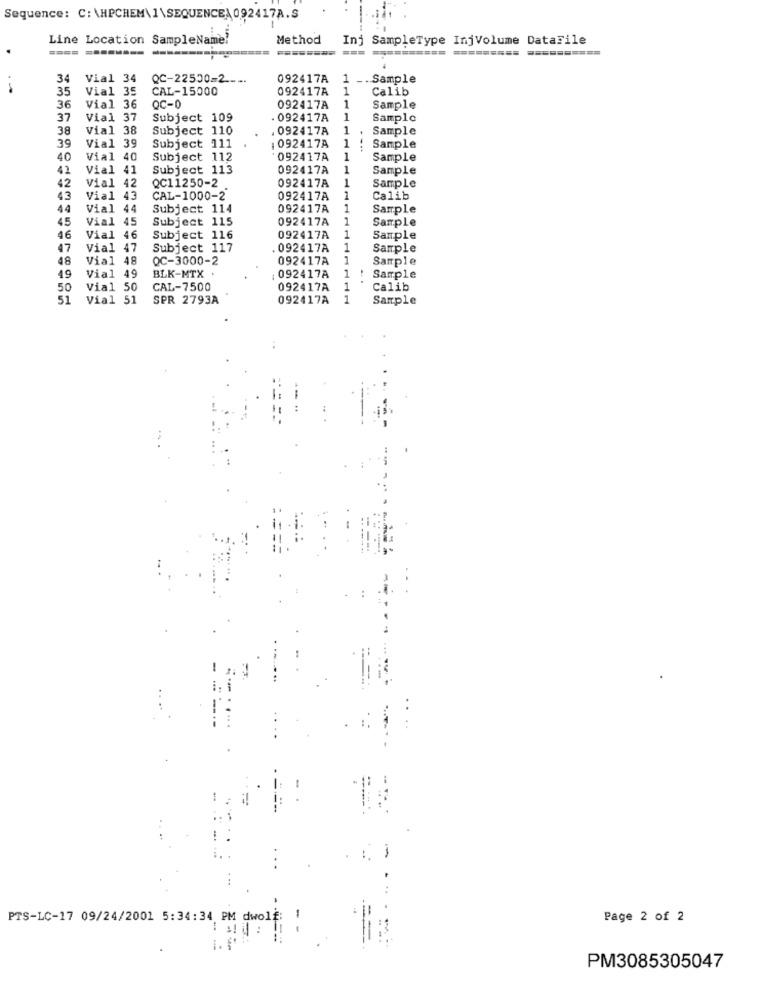
Sequence: C: \HPCHEM\1\SEQUENCE\092417A.S
Line Location SampleName!
Method
In
SampleType InjVolume DataFile
===
=========
34
Vial 34
QC-22500-2-
092417A
1 -.. Sa
.Sample
35
Vial 35
CAL-15000
092417A
1
Calib
OC-0
1
36
Vial 36
092417A
Sample
37
Vial 37
Subject 109
. 092417A
1
Sample
38
Vial 38
Subject 110
092417A
1
Sample
39
Vial 39
Subject 111
1 092417A
1
Sample
40
Via1 40
Subject 112
092417A
1
Sample
42
Vial 41
Subject 113
092417A
1
Sample
1
42
Vial 42
QC11250-2
092417A
Sample
43
Vial 43
CAL-1000-2
092417A
1
Calib
44
Vial 44
Subject 114
092417A
1
Sample
45
Vial 45
Subject 115
1
Sample
092417A
1
46
Vial 46
Subject 116
092417A
Sample
47
Vial 47
Subject 117
092417A
1
Sample
48
Via1 48
QC-3000-2
092417A
1
Sample
Sample
49
Vial 49
BLK-MTX
: 092417A
1
50
Via1 50
CAL-7500
092417A
1
Calib
51
Vial 51
SPR 2793A
092417A
1
Sample
PTS-LC-17 09/24/2001 5:34:34 PM dwolf:
Page 2 of 2
1. 6
PM3085305047